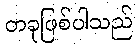
တခုဖြစ်ပါသည်